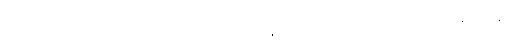
အဘသည်လည်းကောင်း။ သမဏဗြဟ္မဏ စ၊ ရဟန်းပုဏ္ဏားတို့သည်လည်းကောင်း။ သန္တိ၊ ရှိကုန်၏။